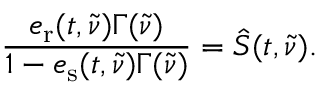
\frac { e _ { \mathrm { r } } ( t , \tilde { \nu } ) \Gamma ( \tilde { \nu } ) } { 1 - e _ { \mathrm { s } } ( t , \tilde { \nu } ) \Gamma ( \tilde { \nu } ) } = \hat { S } ( t , \tilde { \nu } ) .